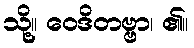
သို့။ ဝေဒိတဗ္ဗာ၊ ၏။